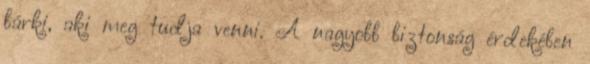
bárki, aki meg tudja venni. A nagyobb biztonság érdekében